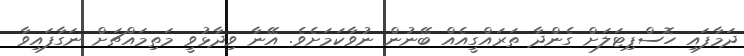
ދަމާފައި ހޮސްޕިޓަލަށް ގެންދާ ތަރައްގީއެއް ބޭނުން ނުވާކަމަށެވެ. އޭނާ ވިދާޅުވީ މަތިމައްޗަށް ނަގާފައިވާ